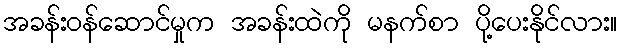
အခန်းဝန်ဆောင်မှုက အခန်းထဲကို မနက်စာ ပို့ပေးနိုင်လား။